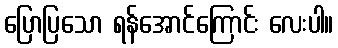
ပြောပြသော ရန်အောင်ကြောင်း လေးပါ။